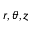
r , \theta , z